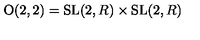
\mathrm { O } ( 2 , 2 ) = \mathrm { S L } ( 2 , R ) \times \mathrm { S L } ( 2 , R )